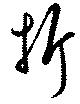
折